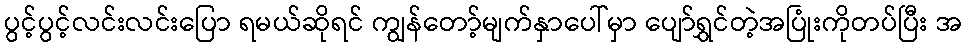
ပွင့်ပွင့်လင်းလင်းပြော ရမယ်ဆိုရင် ကျွန်တော့်မျက်နှာပေါ်မှာ ပျော်ရွှင်တဲ့အပြုံးကိုတပ်ပြီး အ